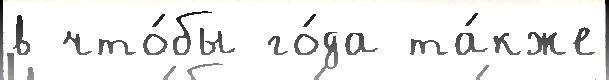
в что́бы го́да та́кже